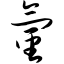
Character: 氢